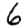
Digit: 6